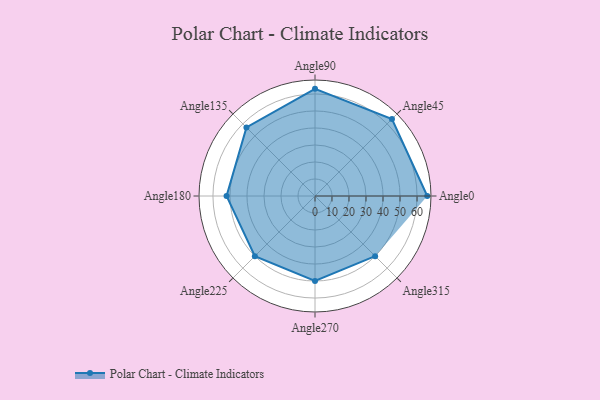
{"axis": {"x": "Angle", "y": "Radius"}, "legend": [""], "data": [{"x": "Angle0", "y": 66.0, "type": ""}, {"x": "Angle45", "y": 64.0, "type": ""}, {"x": "Angle90", "y": 63.0, "type": ""}, {"x": "Angle135", "y": 57.0, "type": ""}, {"x": "Angle180", "y": 52.0, "type": ""}, {"x": "Angle225", "y": 50, "type": ""}, {"x": "Angle270", "y": 50, "type": ""}, {"x": "Angle315", "y": 50, "type": ""}]}